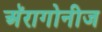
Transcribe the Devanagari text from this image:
अॅरागोनीज